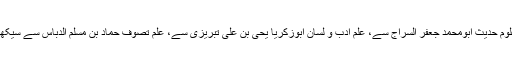
علوم حدیث ابومحمد جعفر السراج سے، علم ادب و لسان ابوزکریا یحی بن علی تبریزی سے، علم تصوف حماد بن مسلم الدباس سے سیکھا۔